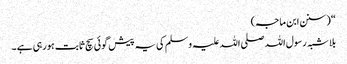
“ (سنن ابن ماجہ)
بلا شبہ رسول اللہ صلی اللہ علیہ وسلم کی یہ پیش گوئی سچ ثابت ہورہی ہے ۔